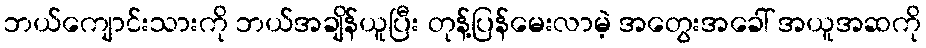
ဘယ်ကျောင်းသားကို ဘယ်အချိန်ယူပြီး တုန့်ပြန်မေးလာမဲ့ အတွေးအခေါ် အယူအဆကို